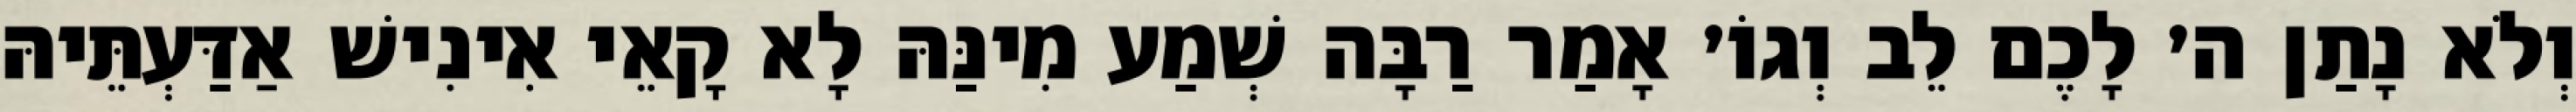
וְלֹא נָתַן ה׳ לָכֶם לֵב וְגוֹ׳ אָמַר רַבָּה שְׁמַע מִינַּהּ לָא קָאֵי אִינִישׁ אַדַּעְתֵּיהּ